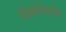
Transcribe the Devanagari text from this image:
द्रिश्तिशेत्र